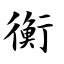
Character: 衡